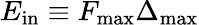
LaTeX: E_{\mathrm{in}}\equiv F_{\mathrm{max}}\Delta_{\mathrm{max}}